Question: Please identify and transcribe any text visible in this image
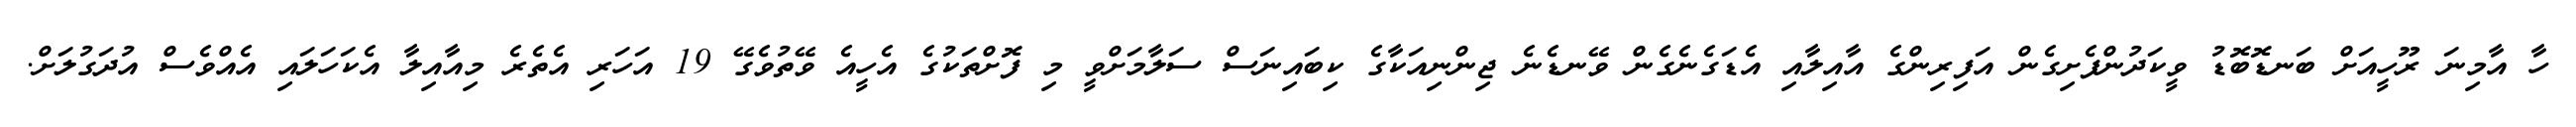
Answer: ހާ އާމިނަ ރޫހީއަށް ބަނޑޮބޮޑު ވީކަދުންފެށިގެން އަފިރިންގެ އާއިލާއި އެޑަގެނެގެން ވޭނޑެނެ ޖިންނިއަކާގެ ކިބައިނަސް ސަލާމަށްވީ މި ފޮށްތަކުގެ އެހީއެ ވޭތުވެގޭ 19 އަހަރި އެތެރެ މިއާއިލާ އެކަހަލައި އެއްވެސް އުދަގުލަށް.